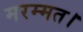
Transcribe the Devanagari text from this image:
मरम्मत।